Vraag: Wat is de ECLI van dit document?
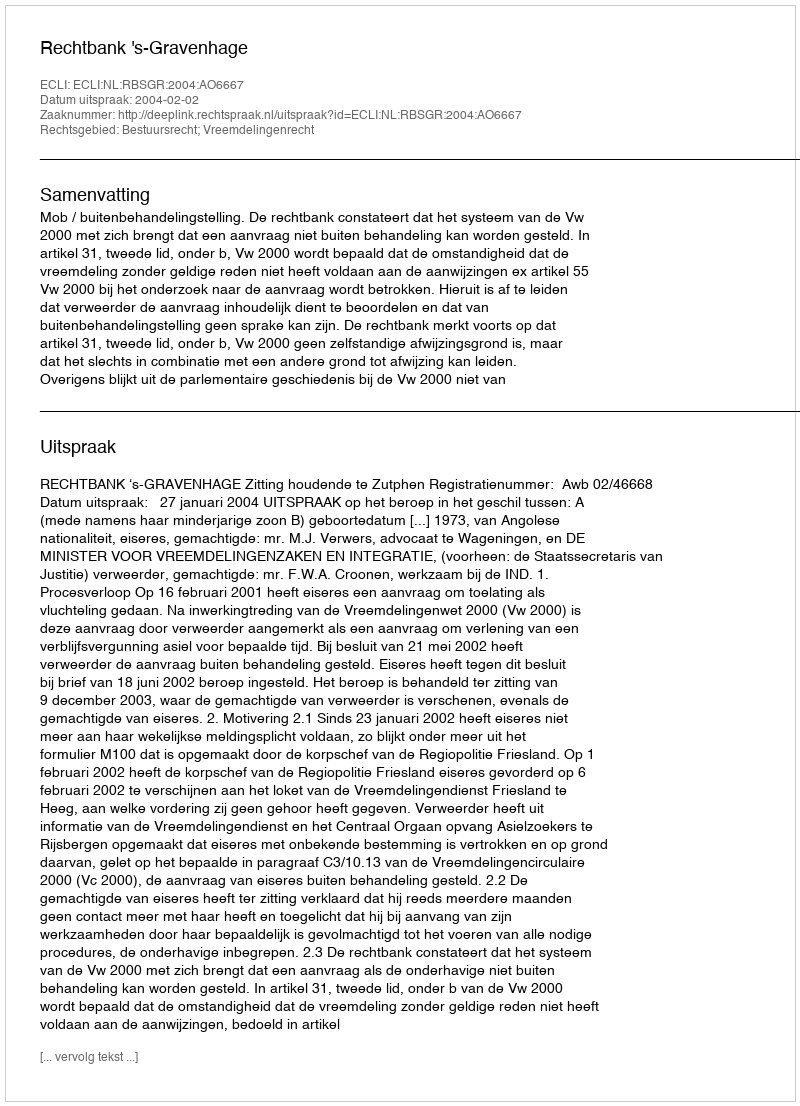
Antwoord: ECLI:NL:RBSGR:2004:AO6667